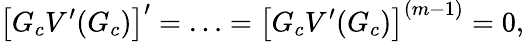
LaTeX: \left[G_{c}V^{\prime}(G_{c})\right]^{\prime}=\ldots=\left[G_{c}V^{\prime}(G_{c})\right]^{(m-1)}=0,